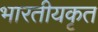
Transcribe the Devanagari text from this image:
भारतीयकृत